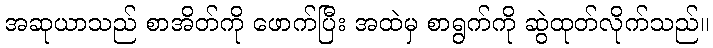
အဆုယာသည် စာအိတ်ကို ဖောက်ပြီး အထဲမှ စာရွက်ကို ဆွဲထုတ်လိုက်သည်။